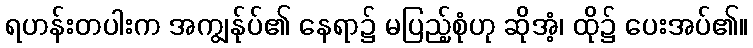
ရဟန်းတပါးက အကျွန်ုပ်၏ နေရာ၌ မပြည့်စုံဟု ဆိုအံ့၊ ထို၌ ပေးအပ်၏။